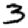
Digit: 3